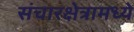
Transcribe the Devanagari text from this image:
संचारक्षेत्रामध्ये